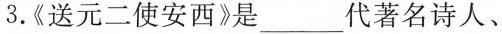
3.《送元二使安西》是___ 代著名诗人、